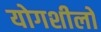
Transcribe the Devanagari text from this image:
योगशीलों